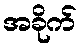
အခိုက်